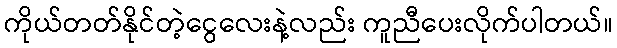
ကိုယ်တတ်နိုင်တဲ့ငွေလေးနဲ့လည်း ကူညီပေးလိုက်ပါတယ်။